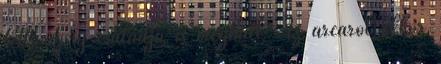
lett, az új családja is meghalt. Az arcáról ekkor